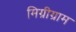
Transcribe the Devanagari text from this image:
मिग्रीग्राम